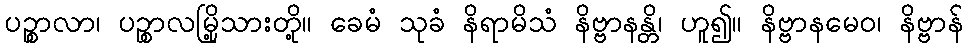
ပဉ္စာလာ၊ ပဉ္စာလမြို့သားတို့။ ခေမံ သုခံ နိရာမိသံ နိဗ္ဗာနန္တိ၊ ဟူ၍။ နိဗ္ဗာနမေဝ၊ နိဗ္ဗာန်